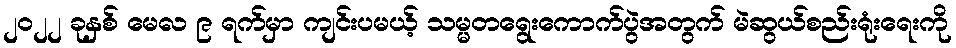
၂၀၂၂ ခုနှစ် မေလ ၉ ရက်မှာ ကျင်းပမယ့် သမ္မတရွေးကောက်ပွဲအတွက် မဲဆွယ်စည်းရုံးရေးကို